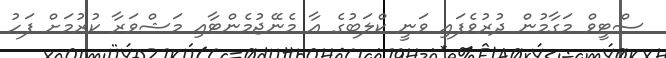
ސްޓީވް މަގާމުން ދުރުވެފައި ވަނީ ކްލަބުގެ އާ މެނޭޖުމެންޓާއި މަޝްވަރާ ކުރުމަށް ފަހު